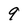
Character: 9